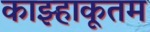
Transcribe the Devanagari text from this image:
काझ्हाकूतम